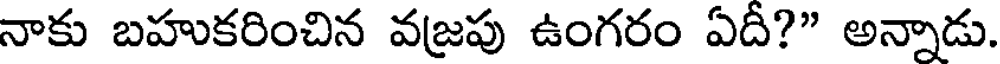
నాకు బహుకరించిన వజ్రపు ఉంగరం ఏదీ?" అన్నాడు.